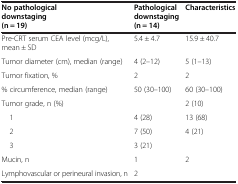
<table><thead><tr><td><b>No pathological downstaging (n = 19)</b></td><td><b>Pathological downstaging (n = 14)</b></td><td><b>Characteristics</b></td></tr></thead><tbody><tr><td>Pre-CRT serum CEA level (mcg/L), mean ± SD</td><td>5.4 ± 4.7</td><td>15.9 ± 40.7</td></tr><tr><td>Tumor diameter (cm), median (range)</td><td>4 (2–12)</td><td>5 (1–13)</td></tr><tr><td>Tumor fixation, %</td><td>2</td><td>2</td></tr><tr><td>% circumference, median (range)</td><td>50 (30–100)</td><td>60 (30–100)</td></tr><tr><td>Tumor grade, n (%)</td><td></td><td>2 (10)</td></tr><tr><td> 1</td><td>4 (28)</td><td>13 (68)</td></tr><tr><td> 2</td><td>7 (50)</td><td>4 (21)</td></tr><tr><td> 3</td><td>3 (21)</td><td></td></tr><tr><td>Mucin, n</td><td>1</td><td>2</td></tr><tr><td>Lymphovascular or perineural invasion, n</td><td>2</td><td></td></tr></tbody></table>